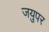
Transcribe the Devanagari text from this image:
जयुपर